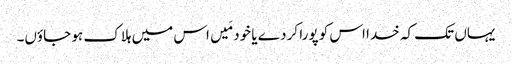
یہاں تک کہ خدا اس کو پورا کر دے یا خود مَیں اس میں ہلاک ہو جاؤں۔